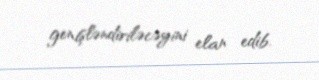
genişləndiriləcəyini elan edib.